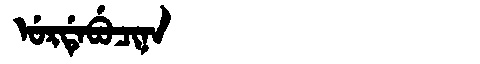
Manchu: ᡠᡵᡩᡝᠪᡠᠴᡳᠨᠠ
Romanization: URDEBUCINA